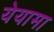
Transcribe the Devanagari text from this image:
येयामा